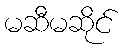
မဆီမဆိုင်